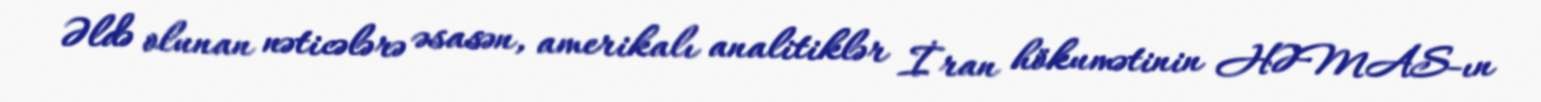
Əldə olunan nəticələrə əsasən, amerikalı analitiklər İran hökumətinin HƏMAS-ın